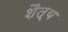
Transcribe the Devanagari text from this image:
शैत्य